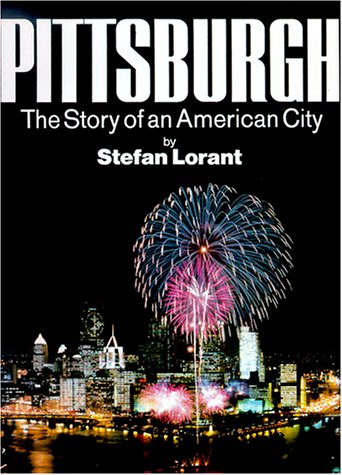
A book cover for Pittsburgh: The Story of an American City; Stefan Lorant; Travel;